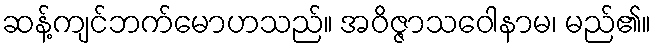
ဆန့်ကျင်ဘက်မောဟသည်။ အဝိဇ္ဇာသဝေါနာမ၊ မည်၏။